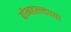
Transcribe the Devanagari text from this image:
बॉम्बहल्ल्याच्या